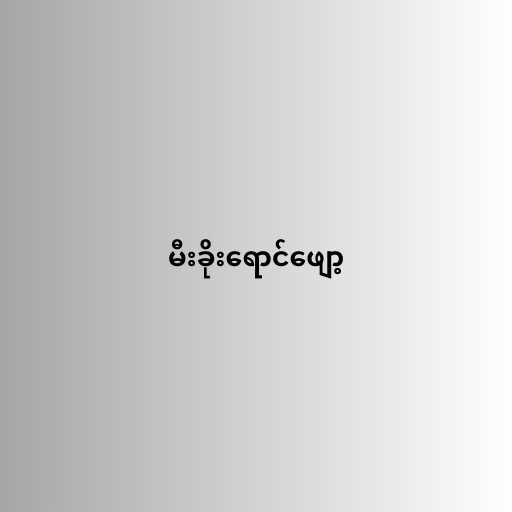
မီးခိုးရောင်ဖျော့